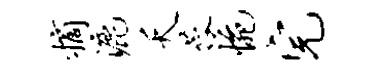
摘漉夭蓉惋完